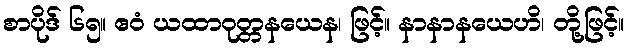
စာပိုဒ် ၆၅။ ဧဝံ ယထာဝုတ္တနယေန၊ ဖြင့်။ နာနာနယေဟိ၊ တို့ဖြင့်။